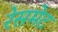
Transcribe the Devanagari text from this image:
रेसमेट